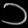
Digit: ၁